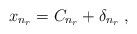
LaTeX: \begin{align*}x_{n_{r}} = C_{n_{r}}+ \delta_{n_{r}}\; ,\end{align*}